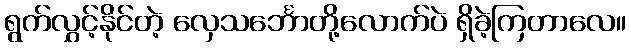
ရွက်လွှင့်နိုင်တဲ့ လှေသင်္ဘောတို့လောက်ပဲ ရှိခဲ့ကြတာလေ။